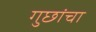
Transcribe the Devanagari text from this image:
गुछांचा